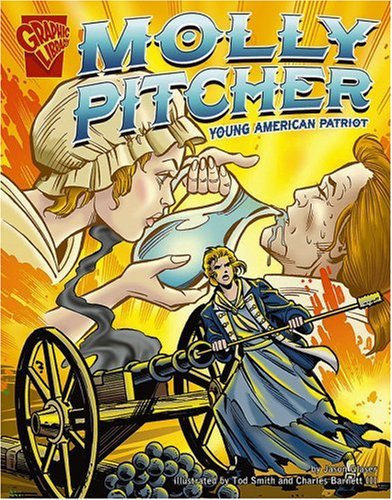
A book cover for Molly Pitcher: Young American Patriot (Graphic Biographies); Jason Glaser; Children's Books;